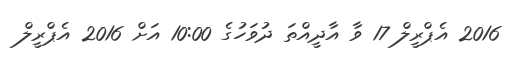
2016 އެޕްރީލް 17 ވާ އާދީއްތަ ދުވަހުގެ 10:00 އަށް 2016 އެޕްރީލް